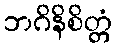
ဘဂိနိစိတ္တံ